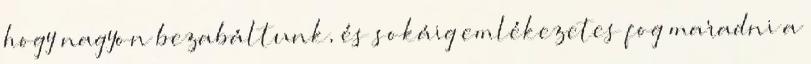
hogy nagyon bezabáltunk, és sokáig emlékezetes fog maradni a